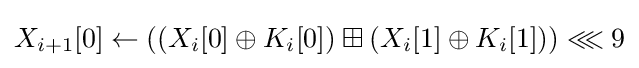
X_{i+1}[0]\leftarrow \left(\left(X_{i}[0]\oplus K_{i}[0]\right)\boxplus \left(X_{i}[1]\oplus K_{i}[1]\right)\right)\lll 9